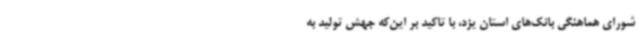
شورای هماهنگی بانک‌های استان یزد، با تاکید بر این‌که جهش تولید به